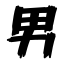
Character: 男